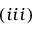
( i i i )